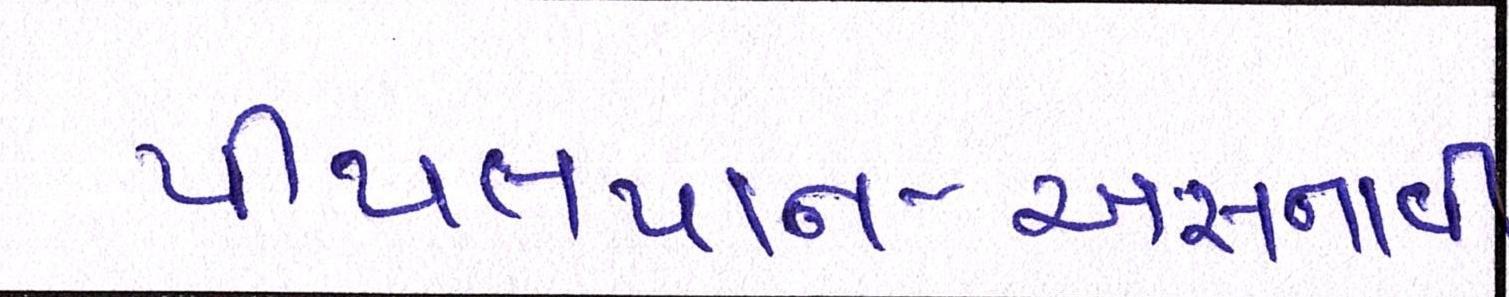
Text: પીપલપાન-અસનાવી